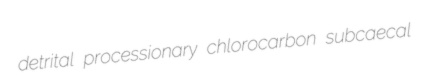
detrital processionary chlorocarbon subcaecal